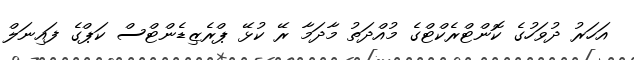
އަހަރު ދުވަހުގެ ކޮންޓްރެކްޓްގެ މުއްދަތު މާދަމާ ރޭ ކުޅޭ ޕްރެޒިޑެންޓްސް ކަޕްގެ ފައިނަލް